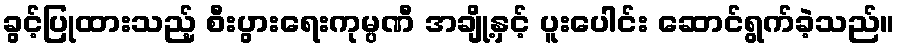
ခွင့်ပြုထားသည့် စီးပွားရေးကုမ္ပဏီ အချို့နှင့် ပူးပေါင်း ဆောင်ရွက်ခဲ့သည်။